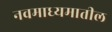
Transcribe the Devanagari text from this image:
नवमाध्यमातील